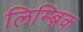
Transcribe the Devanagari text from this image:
लिम्ब्रिक